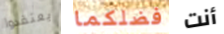
يعتقدوا فضلكما أنت